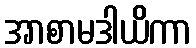
အာစာမဒါယိကာ